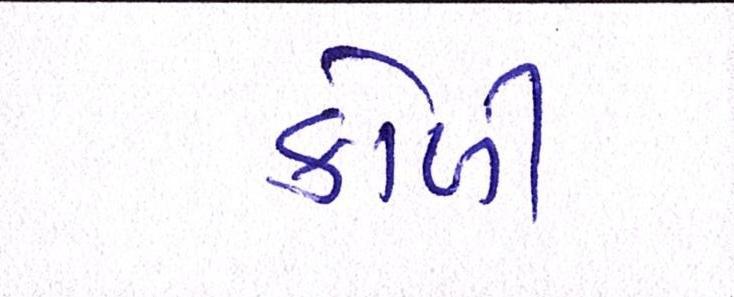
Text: કોળી